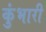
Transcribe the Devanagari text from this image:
कुंभारी